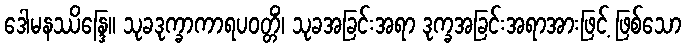
ဒေါမနဿိန္ဒြေ။ သုခဒုက္ခာကာရပဝတ္တိံ၊ သုခအခြင်းအရာ ဒုက္ခအခြင်းအရာအားဖြင့် ဖြစ်သော